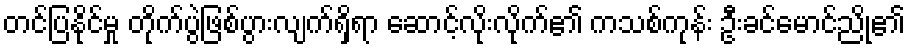
တင်ပြနိုင်မှု တိုက်ပွဲဖြစ်ပွားလျက်ရှိရာ ဆောင့်လိုးလိုက်၏ ကသစ်ကုန်း ဦးခင်မောင်ညို၏